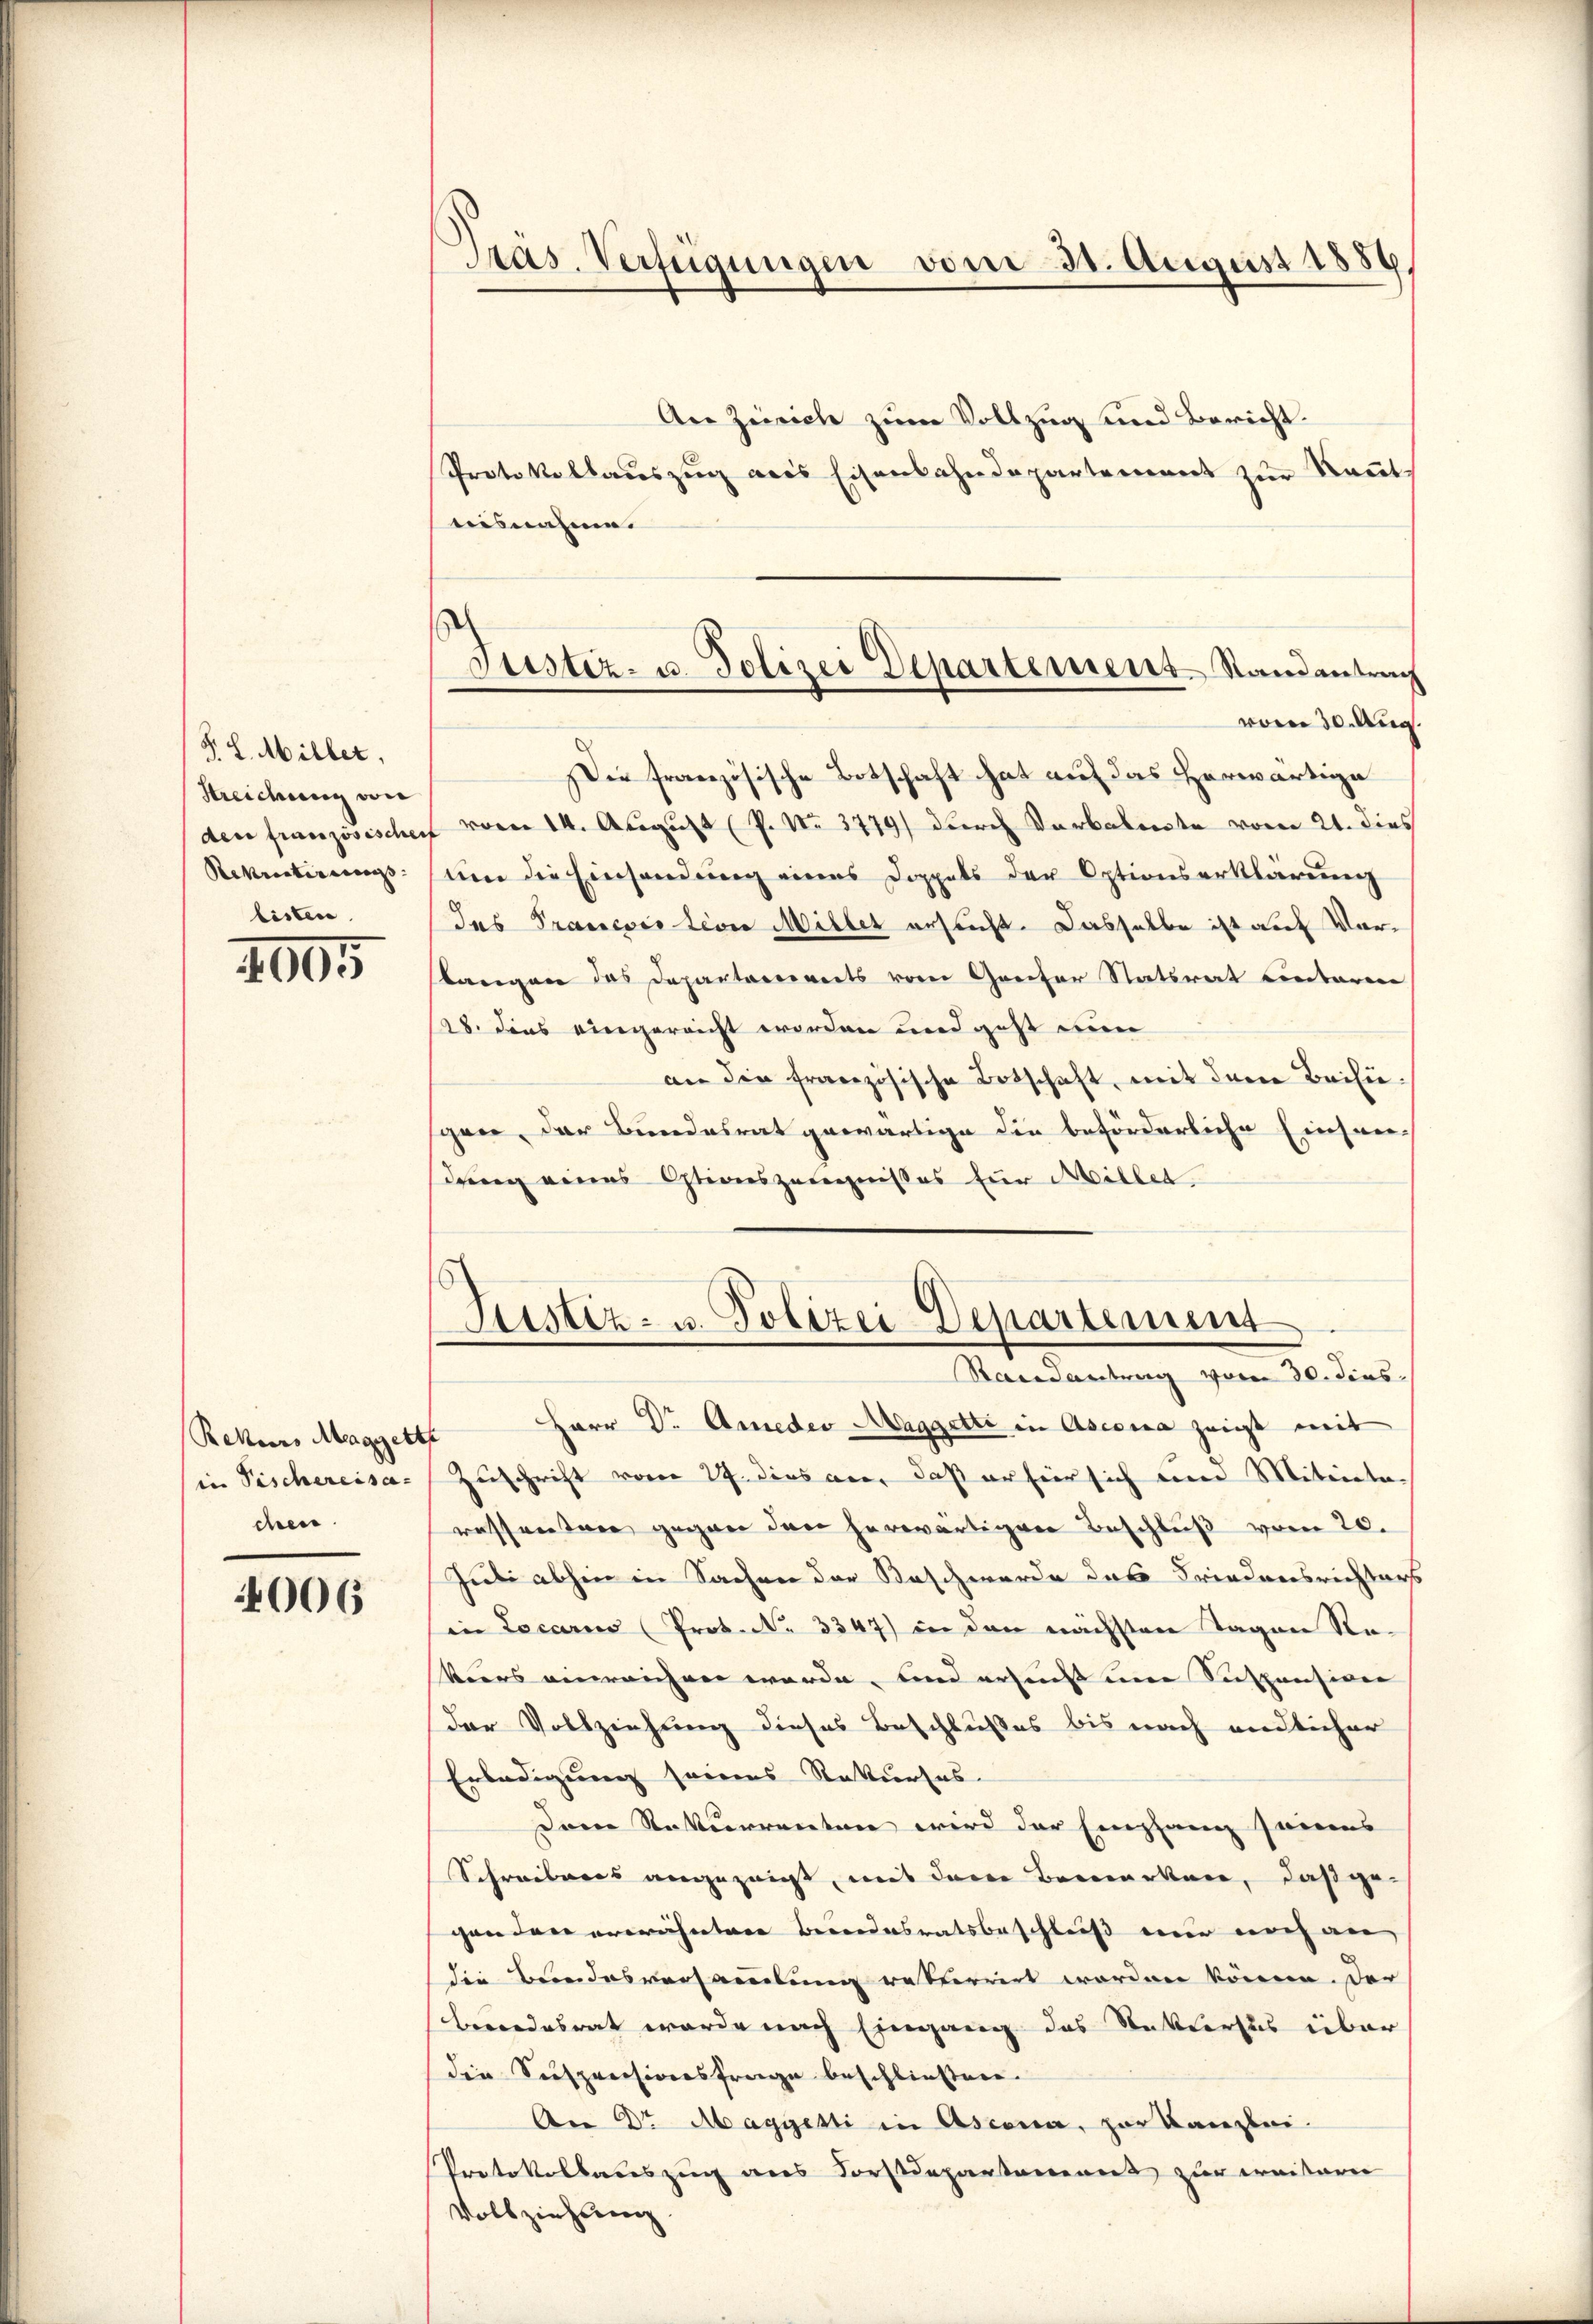
§. 8. Miller,
Streidung von
den französisches
Rementirens. |
listen.

2005

Rekurs Maggett
in Tischereisa-
chen

006

Ptas. Verfügungen vom 31. August 1886

An Zürich zum Vollzug und Bericht.
Protokollaŭszŭg ans Eisenbahndepartement zŭr Keṅt-
aisnahme.
Die französische Botschaft hat auf das herwärtige
 vom 14. August (P. Nr. 3779) durch Vorberecte vom 21. dies
um die Einsendung eines Doppels der Optionserklärung
das Prancoistion Miller ersucht. Dasselbe ist auf Verstangen das Departariireits vom Greifer Statsrat einteren
18. dies eingereicht worden und geht nun
an die französische Botschaft, mit dem Beisigen, der Bundesrat gewärtige die beförderliche Einsen-
dung eines Optionszeugnisses für Millen.

Herr Dr. Amedes Maggetti in Ascona zeigt mit
Zuschrift vom 27. dies an, daß er hier sich um Miteile
wassentare gegen den herwärtigen Beschluß vom 20.
Juli abhin in Sachen der Kaschwerde das Friedensrichters
in Locarius (Prot. No. 3347) in den nächsten Tagen Re-
Veers verreichner wurde, und ersucht eine Suspensiven
der Vollziehung dieses Beschlußes bis nach endlicher
Erledigung seines Rekurses
Dem Rekurrenten wird der Empfang seinens
Schreibens angezeigt, mit dem Bemerken, daß ge-
gen den erwähntere Beendesratsbeschluß mir noch an
die Bundesversammlung rekurrirt worden könne. Der
berendesrat werde nach Eingang das Rettersus über
die Suspreisionsfrage beschließen.
An Dr Magyetti in Ascona, zur Kanzlei.
Protokollauszug aus Forstdepartament zur weitern
Vollziehung.

Justiz- u. Polizei Departement. Randantrag
vom 30. Aug

Justiz- u. Polizei Departement
Randantrag vom 30. dies